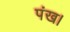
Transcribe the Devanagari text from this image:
पंख।